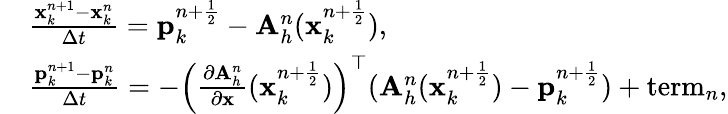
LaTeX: \begin{array}{rl}&{\frac{{\mathbf x}_{k}^{n+1}-{\mathbf x}_{k}^{n}}{\Delta t}={\mathbf p}_{k}^{n+\frac{1}{2}}-{\mathbf A}_{h}^{n}({\mathbf x}_{k}^{n+\frac{1}{2}}),}\\ &{\frac{{\mathbf p}_{k}^{n+1}-{\mathbf p}_{k}^{n}}{\Delta t}=-\left(\frac{\partial{\mathbf A}_{h}^{n}}{\partial\mathbf x}({\mathbf x}_{k}^{n+\frac{1}{2}})\right)^{\top}({\mathbf A}_{h}^{n}({\mathbf x}_{k}^{n+\frac{1}{2}})-{\mathbf p}_{k}^{n+\frac{1}{2}})+\mathrm{term}_{n},}\end{array}